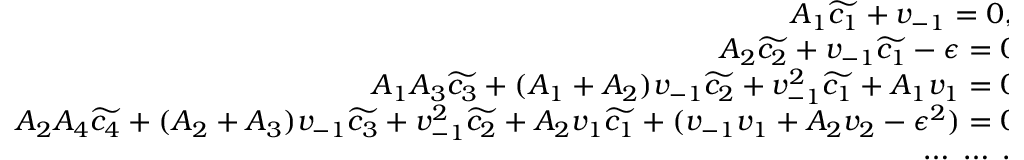
\begin{array} { r } { A _ { 1 } \widetilde { c _ { 1 } } + v _ { - 1 } = 0 , , } \\ { A _ { 2 } \widetilde { c _ { 2 } } + v _ { - 1 } \widetilde { c _ { 1 } } - \epsilon = 0 , } \\ { A _ { 1 } A _ { 3 } \widetilde { c _ { 3 } } + ( A _ { 1 } + A _ { 2 } ) v _ { - 1 } \widetilde { c _ { 2 } } + v _ { - 1 } ^ { 2 } \widetilde { c _ { 1 } } + A _ { 1 } v _ { 1 } = 0 , } \\ { A _ { 2 } A _ { 4 } \widetilde { c _ { 4 } } + ( A _ { 2 } + A _ { 3 } ) v _ { - 1 } \widetilde { c _ { 3 } } + v _ { - 1 } ^ { 2 } \widetilde { c _ { 2 } } + A _ { 2 } v _ { 1 } \widetilde { c _ { 1 } } + ( v _ { - 1 } v _ { 1 } + A _ { 2 } v _ { 2 } - \epsilon ^ { 2 } ) = 0 , } \\ { \cdots \; \cdots \; \cdots } \end{array}